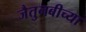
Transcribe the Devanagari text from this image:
जैतुनबीच्या